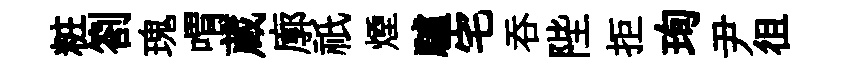
粧劄瑰喟蔵廓祇煙驢宅吞陛拒珣尹徂